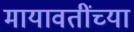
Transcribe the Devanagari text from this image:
मायावतींच्या